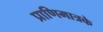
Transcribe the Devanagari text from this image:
प्राणिमात्रके